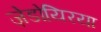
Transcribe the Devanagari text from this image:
ज़ेडोयिरया